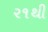
૨૧થી